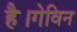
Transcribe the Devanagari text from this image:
है।गेविन